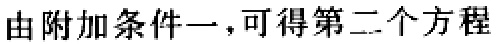
由附加条件一，可得第二个方程